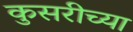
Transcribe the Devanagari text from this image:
कुसरीच्या